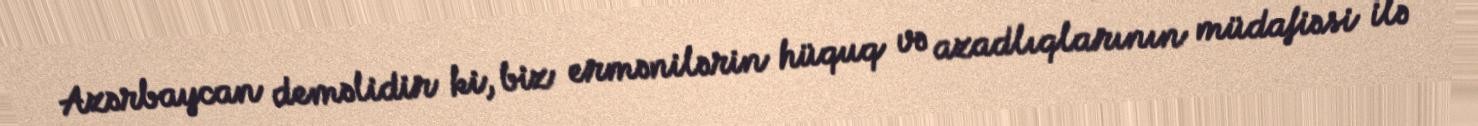
Azərbaycan deməlidir ki, biz ermənilərin hüquq və azadlıqlarının müdafiəsi ilə